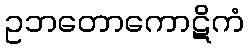
ဥဘတောကောဋိကံ